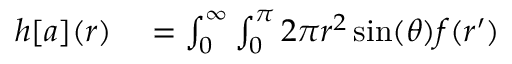
\begin{array} { r l } { h [ a ] ( r ) } & { { } = \int _ { 0 } ^ { \infty } \int _ { 0 } ^ { \pi } 2 \pi r ^ { 2 } \sin ( \theta ) f ( r ^ { \prime } ) } \end{array}